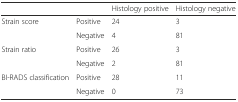
| <COLSPAN=2>  | Histology positive | Histology negative |
 | --- | --- | --- | --- |
 | <ROWSPAN=2> Strain score | Positive | 24 | 3 |
 | Negative | 4 | 81 |
 | <ROWSPAN=2> Strain ratio | Positive | 26 | 3 |
 | Negative | 2 | 81 |
 | <ROWSPAN=2> BI-RADS classification | Positive | 28 | 11 |
 | Negative | 0 | 73 |